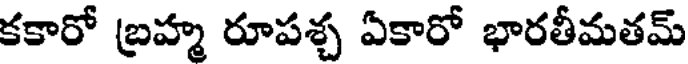
కకారో బ్రహ్మ రూపశ్చ ఏకారో భారతీమతమ్